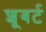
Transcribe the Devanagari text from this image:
शूबर्ट